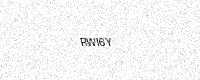
Text: RWI6Y